system: You are a helpful assistant.
user:
Analyze the provided spectrum to determine if it is a **S-type Star**.

- **Key Indicators for S-type Star:**

    - **(Overall Spectrum Shape):** The first and most obvious characteristic is the overall continuum (the "baseline" shape). It is **extremely "red-sloping,"** meaning the flux (light intensity) is very low on the left side (blue, ~4000-4500 Å) and rises steeply and continuously toward the right side (red, ~7000 Å+).

    - **(Primary):** The spectrum is defined by the presence of strong, broad molecular absorption "valleys" (bands) from **Zirconium Oxide (ZrO)**. The identification of these bands is the **primary requirement** for classifying a star as S-type.
        - **(Key Bandheads):** You must find distinct, deep "dips" where the light has been absorbed. The most critical band systems to locate are:
            - **~6474 Å** ($\gamma$-system): This is often the strongest and clearest ZrO feature, found in the red part of the spectrum.
            - **~5718 Å** & **~5551 Å** ($\beta$-system): A pair of prominent absorption features in the yellow-orange part of the spectrum.
            - **~4640 Å** ($\alpha$-system): A key absorption band system in the blue-green region of the spectrum.

    - **(Secondary Confirmation):** The classification is strengthened by finding additional absorption bands from other related heavy element oxides, which are expected to be present alongside ZrO.
        - **(Key Bandheads):**
            - **Yttrium Oxide (YO):** Look for absorption dips near **~4800 Å** and **~6100 Å**.
            - **Lanthanum Oxide (LaO):** Additional absorption features, particularly in the red-orange part of the spectrum, are also characteristic.

    - **(Line Profile):** The combination of the steep red continuum and these numerous, deep molecular bands (ZrO, YO, etc.) gives the entire spectrum a very **"chopped-up"** or **"bumpy"** appearance. Instead of a smooth curve, the spectrum looks as though large, wide chunks of light have been "carved out" of it at the specific wavelengths listed above.

Think first, call **spectral_visualization_tool** if needed to examine features in detail, then provide your final answer. Your response must adhere to the following strict rules:
1.  **Overall Structure:** Your response must follow the format `<think>...</think> <tool_call>...</tool_call> (if a tool is used) <answer>...</answer>`.
2.  **Tool Usage Constraint:** You may only make **one** tool call per turn.
3.  **Final Answer Format:** In the `<answer>` tag, your conclusion must be inside a `\boxed{}` command (e.g., `\boxed{YES}` or `\boxed{NO}`), followed by your justification.

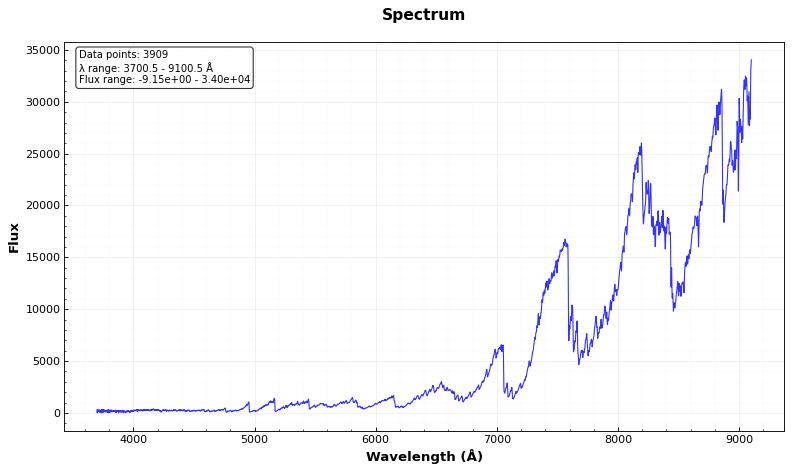
Answer: YES